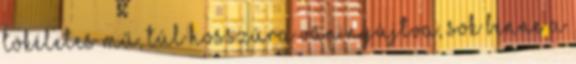
tökéletes mű, túl hosszúra van nyújtva, sok benne a